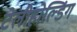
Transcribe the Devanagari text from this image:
टेलीहोल्डिंग